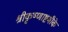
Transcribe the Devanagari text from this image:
श्रीकृष्णाष्टमीके